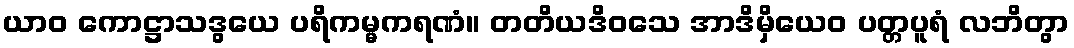
ယာဝ ကောဋ္ဌာသဒွယေ ပရိကမ္မကရဏံ။ တတိယဒိဝသေ အာဒိမှိယေဝ ပတ္တပူရံ လဘိတွာ